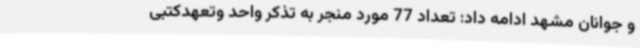
و جوانان مشهد ادامه داد: تعداد 77 مورد منجر به تذکر واحد وتعهدکتبی